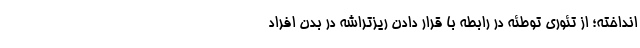
انداخته؛ از تئوری توطئه در رابطه با قرار دادن ریز‌تراشه در بدن افراد